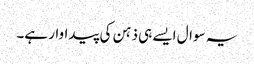
یہ سوال ایسے ہی ذہن کی پیداوار ہے۔